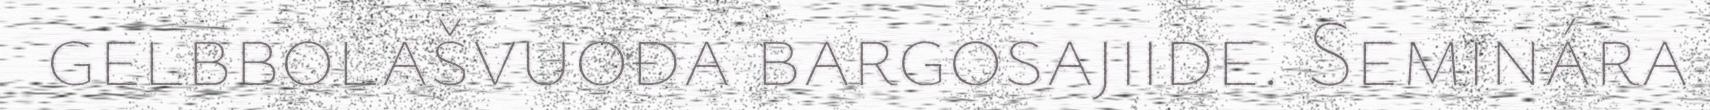
gelbbolašvuođa bargosajiide. Seminára